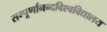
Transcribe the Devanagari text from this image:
सम्पूर्णानन्दविश्वविद्यालय